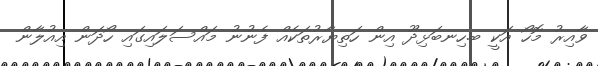
ވާއިރު މޮހޯ އަކީ ބ.ހިނބަޅިދޫ އިން ހަތިޔާރުތަކެއް ފެނުނު މައްސަލައިގައި ހޯދަން އިއުލާން